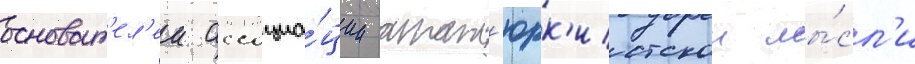
основат'ел'еи ассоциа́ции атат'юрк'истскои мы́сл'и